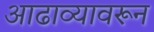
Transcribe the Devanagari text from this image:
आढाव्यावरून